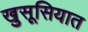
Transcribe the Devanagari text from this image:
खुसूसियात